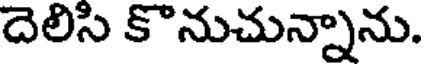
దెలిసి కొనుచున్నాను.